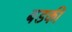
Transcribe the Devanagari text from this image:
बडकी